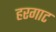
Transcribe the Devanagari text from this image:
हरगाट